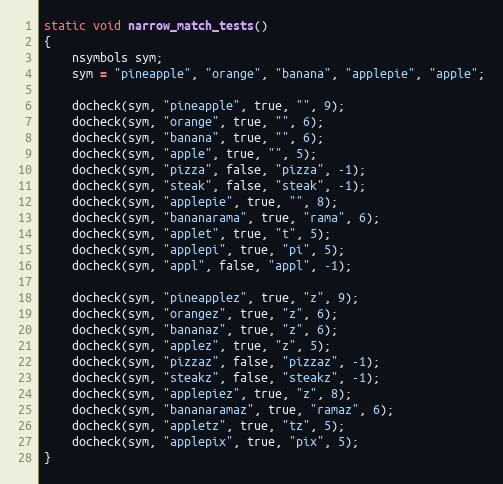
Language: C++
static void narrow_match_tests()
{
    nsymbols sym;
    sym = "pineapple", "orange", "banana", "applepie", "apple";

    docheck(sym, "pineapple", true, "", 9);
    docheck(sym, "orange", true, "", 6);
    docheck(sym, "banana", true, "", 6);
    docheck(sym, "apple", true, "", 5);
    docheck(sym, "pizza", false, "pizza", -1);
    docheck(sym, "steak", false, "steak", -1);
    docheck(sym, "applepie", true, "", 8);
    docheck(sym, "bananarama", true, "rama", 6);
    docheck(sym, "applet", true, "t", 5);
    docheck(sym, "applepi", true, "pi", 5);
    docheck(sym, "appl", false, "appl", -1);

    docheck(sym, "pineapplez", true, "z", 9);
    docheck(sym, "orangez", true, "z", 6);
    docheck(sym, "bananaz", true, "z", 6);
    docheck(sym, "applez", true, "z", 5);
    docheck(sym, "pizzaz", false, "pizzaz", -1);
    docheck(sym, "steakz", false, "steakz", -1);
    docheck(sym, "applepiez", true, "z", 8);
    docheck(sym, "bananaramaz", true, "ramaz", 6);
    docheck(sym, "appletz", true, "tz", 5);
    docheck(sym, "applepix", true, "pix", 5);
}